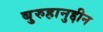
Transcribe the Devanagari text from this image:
बुरुहानुद्दीन